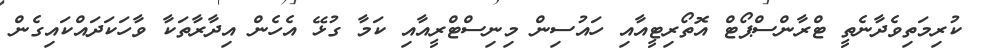
ކުރިމަތިވެދާނެތީ ޓްރާންސްޕޯޓް އޮތޯރިޓީއާއި ހައުސިން މިނިސްޓްރީއާއި ކަމާ ގުޅޭ އެހެން އިދާރާތަކާ ވާހަކަދައްކައިގެން